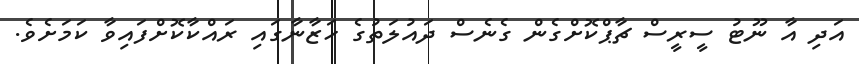
އަދި އާ ނޫޓު ސީރީސް ޗާޕްކޮށްގެން ގެނެސް ދައުލަތުގެ ހަޒާނާގައި ރައްކާކޮށްފައިވާ ކަމަށެވެ.